Calcutta medical institutions reports 1871-78
Year: 1871
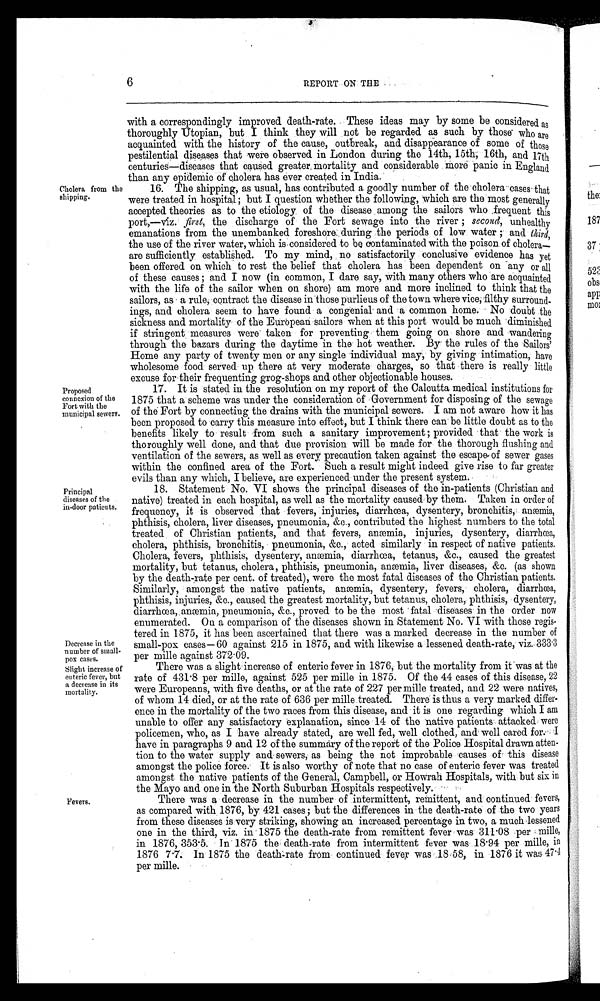
6
REPORT ON THE .
Cholera from the
shipping.
Proposed
connexion of the
Fort with the
municipal sewers.
Principal
diseases of the
in-door patients.
Decrease in the
number of small-
pox cases.
Slight increase of
enteric fever, but
a decrease in its
mortality.
Fevers.
with a correspondingly improved death-rate. These ideas may by some be considered as
thoroughly Utopian, but I think they will not be regarded. as such by those who are
acquainted with the history of the cause, outbreak, and disappearance of some of those
pestilential diseases that were observed in London during the 14th, 15th, 16th, and 17th
centuries—diseases that caused greater, mortality and considerable more panic in England
than any epidemic of cholera has ever created in India.'
16. The shipping, as usual, has contributed a goodly number of the cholera cases that
were treated in hospital ; but I question whether the following, which are the most generally
accepted theories as to the etiology of the disease among the sailors who .frequent this
port,—viz. first, the discharge of the Fort sewage into the river ; second, unhealthy
emanations from the unembanked foreshore during the periods of low water ; and third,
the use of the river water, which is considered to be contaminated with the poison of chole ra_
are sufficiently established. To my mind, no satisfactorily conclusive evidence has yet
been offered on which to rest the belief that cholera has been dependent on any or all
of these causes ; and I now (in common, I dare say, with many others who are acquainted
with the life of the sailor when on shore) am more and more inclined to think that the
sailors, as a rule, contract the disease in those purlieus of the town where vice; filthy surround-
ings, and cholera seem to have found a congenial' and a common home. No doubt the
sickness and mortality of the European sailors when at this port would be much diminished
if stringent measures were' taken for preventing them going on shore and wandering
through the bazars during the daytime in the hot weather. By the rules of the Sailors'
Home any party of twenty men or any single individual may, by giving intimation, have
wholesome food served up there at very moderate charges, so that there is really little
excuse for their frequenting grog-shops and other objectionable houses.
17. It is stated in the resolution on my report of the Calcutta medical institutions for
1875 that a scheme was under the consideration of Government for disposing of the sewage
of the. Fort by connecting the drains with the municipal sewers. I am not aware how it has
been proposed to carry this measure into effect, but I think there can' be little doubt as to the
benefits likely to result from such a sanitary improvement ; provided that the work is
thoroughly well done, and that due provision will be made for the thorough flushing and
ventilation of the sewers, as well as every precaution taken against the escape. of sewer gases
within the confined area of the Fort. Such a result might indeed give rise to far greater
evils than any which, I believe, are experienced under the present system.
18. Statement No. VI shows the principal diseases of the in-patients (Christian and
native) treated in each hospital, as well as the mortality caused by them. Taken in order of
frequency, it is observed that fevers, injuries, diarrhoea, dysentery, bronchitis, anaemia,
phthisis, cholera, liver diseases, pneumonia, &c., contributed the highest numbers to the total
treated of Christian patients, and that fevers, anemia, injuries, dysentery, diarrhoea,
cholera, phthisis, bronchitis, pneumonia, &c., acted similarly in respect of native patients.
Cholera, fevers, phthisis, dysentery, anaemia, diarrhoea, tetanus, &c., caused the greatest
mortality, but tetanus, cholera, phthisis, pneumonia, anaemia, liver diseases, &c. (as shown
by the death-rate per cent. of treated), were the most fatal diseases of the Christian patients.
Similarly, amongst the native patients, anaemia, dysentery, fevers, cholera, diarrhoea,
phthisis, injuries, &o., caused the greatest mortality, but tetanus, cholera, phthisis, dysentery,
diarrhoea, anaemia, pneumonia, &c., proved to be the most fatal diseases in the order now
enumerated. Oa a comparison of the diseases shown in Statement No. VI with those regis-
tered in 1875, it has been ascertained that there was a marked decrease in the number of
small-pox cases— 60 against 215 in 1875, and with likewise a lessened death-rate, viz. 333 . 3
per mille against 372.09.
There was a slight increase of enteric fever in 1876, but the mortality from it was at the
rate of 431.8 per mille, against 525 per mille in 1875. Of the 44 cases of this disease, 22
were Europeans, with five deaths, or at the rate of 227 per mine treated, and 22 were natives,
of whom 14 died, or at the rate of 636 per mille treated. There is thus a very marked differ-
ence in the mortality of the two races from this disease, and it is one regarding which I am
unable to offer any satisfactory explanation., since 14 of the 'native patients attacked were
policemen, who, as I have already stated, are well fed, well clothed, and well cared for.- 'I
have in paragraphs 9 and 12 of the summary of the report of the Police Hospital drawn atten-
tion to the water supply and sewers, as being the not improbable causes of this disease
amongst the police force. It is also worthy of note that no case of enteric fever was treated
amongst the native patients of the General, Campbell, or Howrah Hospitals, with but six in
the Mayo and one in the North Suburban Hospitals respectively.
There was a decrease in the number of intermittent, remittent, and continued fevers,
as compared with 1876, by 421 cases ; but the differences in the death-rate of the two years
from these diseases is very striking, showing an increased percentage in two, a much lessened
one in the third, viz. in 1875 the death-rate from remittent fever was 311 . 08 per mile,
in 1876, 353.5. In 1875 the death-rate from intermittent fever was 18.94 per mille, in
1876 7 . 7. In 1875 the death rate from continued fever was 18 58, in 1876 it was 47 . 4
per mine.